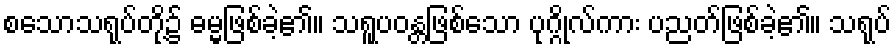
စသောသရုပ်တို့၌ ဓမ္မဖြစ်ခဲ့၏။ သရူပဝန္တဖြစ်သော ပုဂ္ဂိုလ်ကား ပညတ်ဖြစ်ခဲ့၏။ သရုပ်